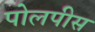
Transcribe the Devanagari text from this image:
पोलपीस